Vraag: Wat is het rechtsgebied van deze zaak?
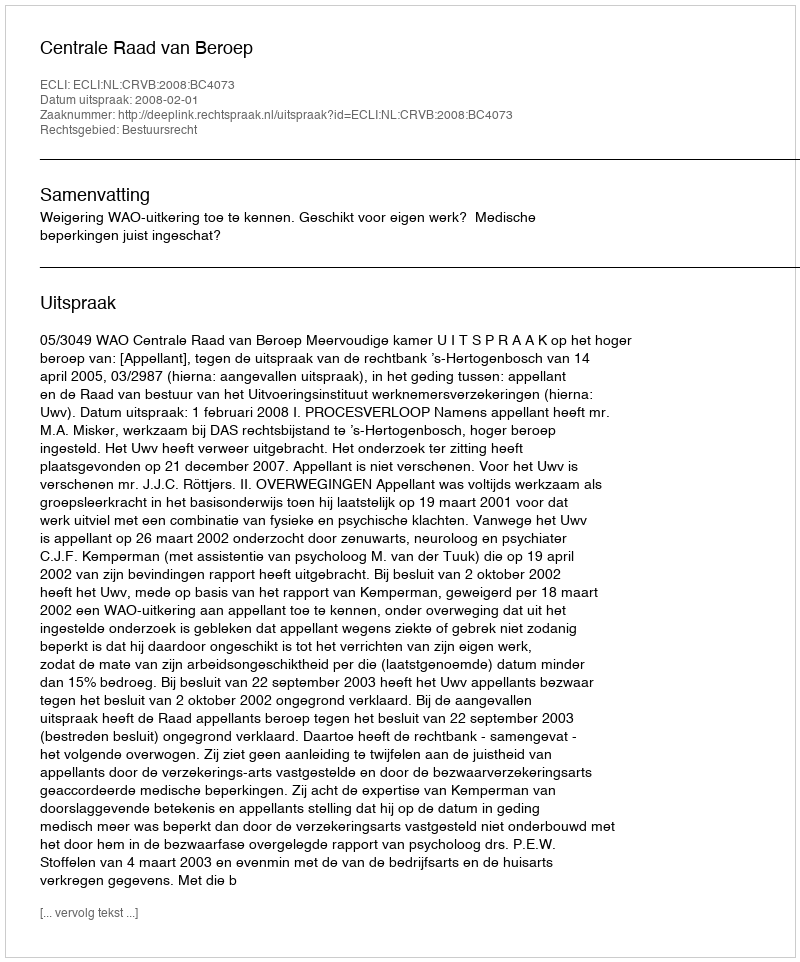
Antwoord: Bestuursrecht